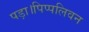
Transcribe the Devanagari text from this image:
पड़ा।पिप्पलिवन